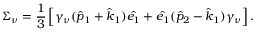
\Sigma _ { \nu } = { \frac { 1 } { 3 } } \left[ \gamma _ { \nu } ( \hat { p } _ { 1 } + \hat { k } _ { 1 } ) \hat { e _ { 1 } } + \hat { e _ { 1 } } ( \hat { p } _ { 2 } - \hat { k } _ { 1 } ) \gamma _ { \nu } \right] .